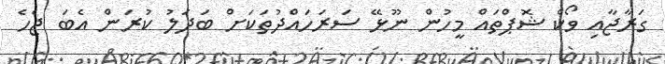
ގަރާޖާއި ވޯކް ޝޮޕްތައް މީހުން ނޫޅޭ ސަރަހައްދުތަކަށް ބަދަލު ކުރަން އެބަ ޖެހެ